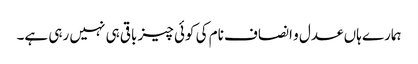
ہمارے ہاں عدل و انصاف نام کی کوئی چیز باقی ہی نہیں رہی ہے۔